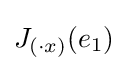
J_{(\cdot x)}(e_{1})